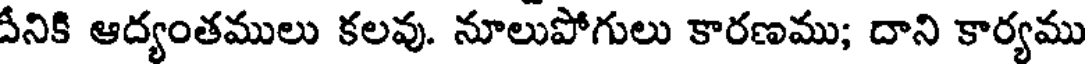
వీనికి ఆద్యంతములు కలవు. నూలుపోగులు కారణము; దాని కార్యము